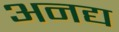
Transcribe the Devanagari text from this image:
अनद्य